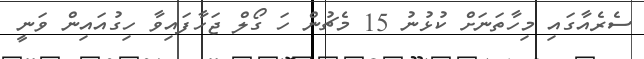
ސެރެއާގައި މިހާތަނަށް ކުޅުނު 15 މެޗުން ހަ ގޯލް ޖަހާފައިވާ ހިގުއައިން ވަނީ